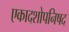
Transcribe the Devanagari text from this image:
एकादशोपनिषद